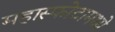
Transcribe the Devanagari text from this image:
महास्फोटामध्ये